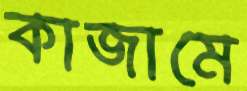
কাজামে